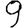
Digit: 9